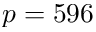
p = 5 9 6